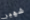
شهير